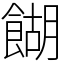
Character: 餬